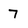
Character: 7